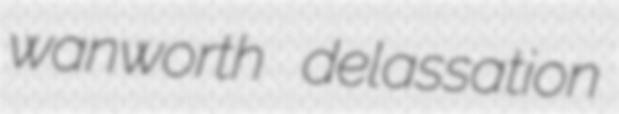
wanworth delassation